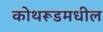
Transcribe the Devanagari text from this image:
कोथरूडमधील